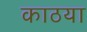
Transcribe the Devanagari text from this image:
काठया